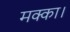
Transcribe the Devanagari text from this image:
मक्का।